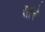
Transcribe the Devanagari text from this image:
सोरे